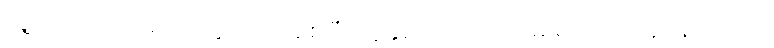
သူ့အား ကုလားထိုင်တွင် ထိုင်စေပြီး လူနှစ်ယောက် ထမ်း၍ သယ်ယူနေရသည်။